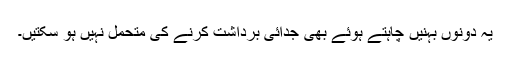
یہ دونوں بہنیں چاہتے ہُوئے بھی جدائی برداشت کرنے کی متحمل نہیں ہو سکتیں۔